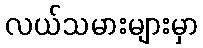
လယ်သမားများမှာ